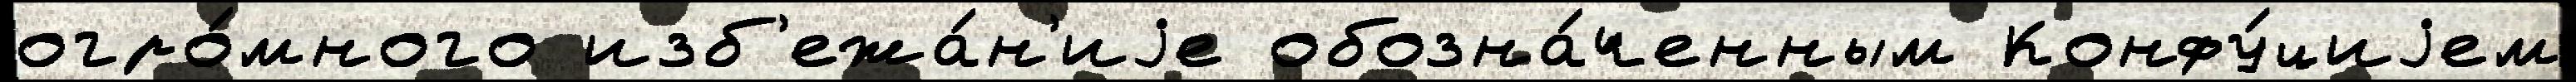
огро́много изб'ежа́н'иjе обозна́ченным Конфу́циjем